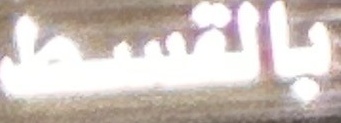
بالقسط